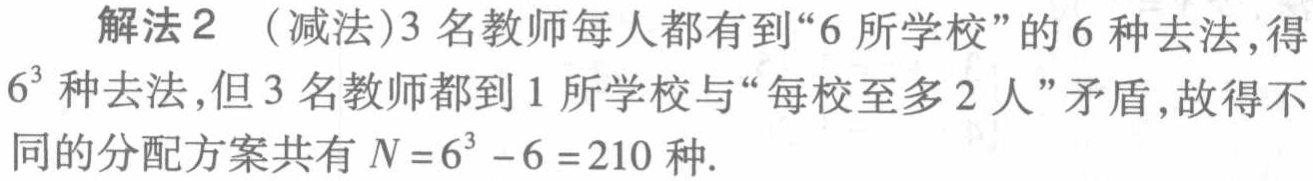
解法2 （减法）3 名教师每人都有到“6 所学校”的 6 种去法,得

\(6^{3}\)种去法,但 3 名教师都到 1 所学校与“每校至多 2 人”矛盾,故得不同的分配方案共有 \(N = 6^{3}-6 = 210\) 种.